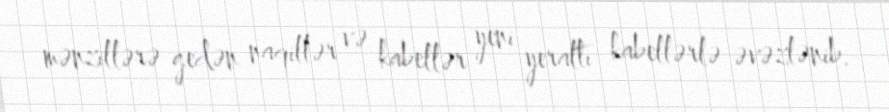
mənzillərə gedən naqillər və kabellər yeni yeraltı kabellərlə əvəzlənib.